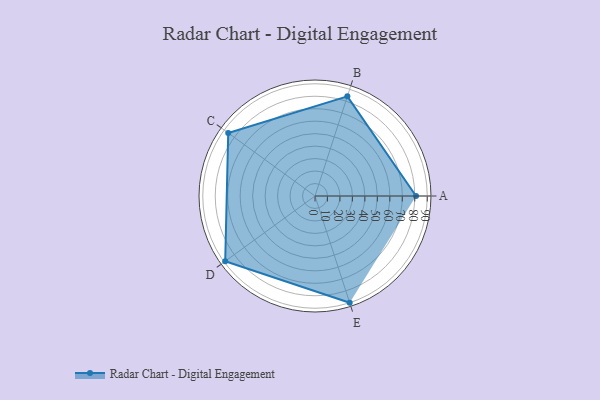
{"axis": {"x": "Skill", "y": "Score"}, "legend": ["Profile"], "data": [{"x": "A", "y": 81.0, "type": "Profile"}, {"x": "B", "y": 84.0, "type": "Profile"}, {"x": "C", "y": 86.0, "type": "Profile"}, {"x": "D", "y": 89.0, "type": "Profile"}, {"x": "E", "y": 90.0, "type": "Profile"}]}